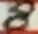
Text: 8